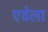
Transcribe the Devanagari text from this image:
एवेला